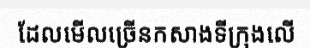
ដែលមើលច្រើនកសាងទីក្រុងលើ